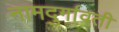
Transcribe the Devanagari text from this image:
नामदुर्गावती